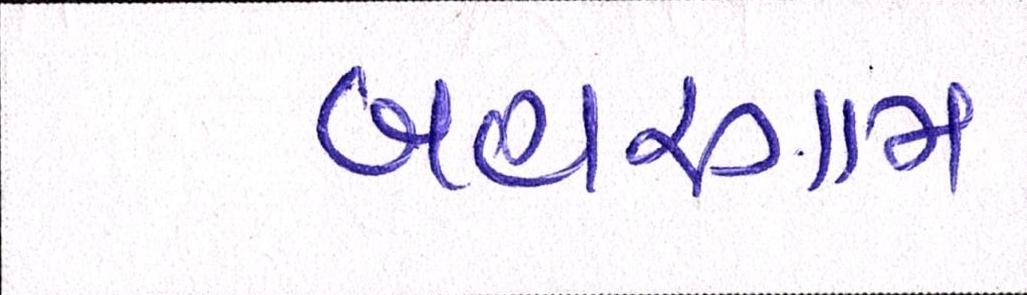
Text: બહારગામ